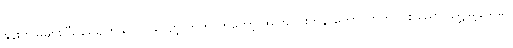
နုန်းကျမှုများပြီး ရေမျက်နှာပြင် လျော့လာတာကတော့ အင်းလေးကန် တောင်ဘက်ပိုင်း ညောင်ရွှေမြို့နယ်မှာ